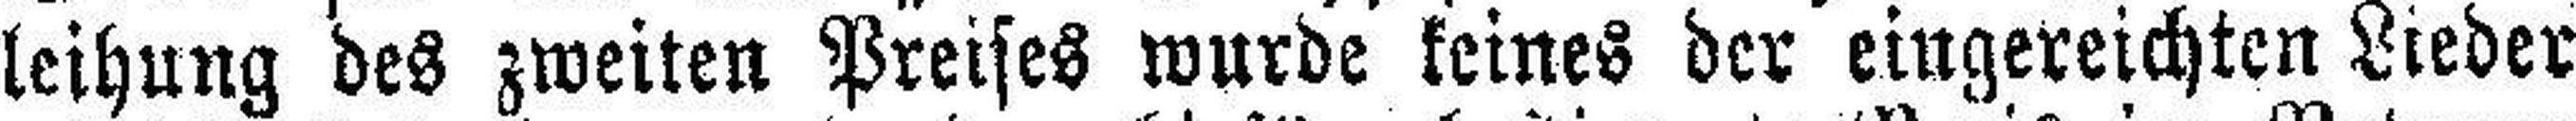
leihung des zweiten Preises wurde keines der eingereichten Lieder